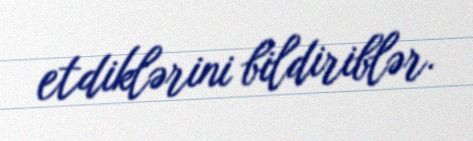
etdiklərini bildiriblər.